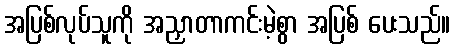
အပြစ်လုပ်သူကို အညှာတာကင်းမဲ့စွာ အပြစ် ပေးသည်။